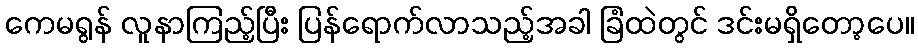
ကေမရွန် လူနာကြည့်ပြီး ပြန်ရောက်လာသည့်အခါ ခြံထဲတွင် ဒင်းမရှိတော့ပေ။